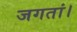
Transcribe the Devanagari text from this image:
जगतां।